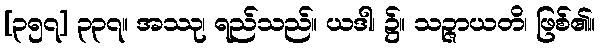
[၃၅၇] ၃၃၇။ အဿု၊ ရည်သည်။ ယဒါ၊ ၌။ သဉ္ဇာယတိ၊ ဖြစ်၏။